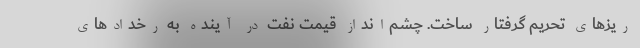
ریزهای تحریم گرفتار ساخت. چشم‌انداز قیمت نفت در آینده به رخدادهای